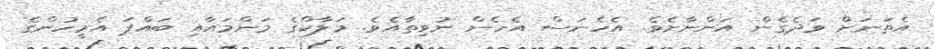
އެތަނަށް ވަދެގެން އަންނާށެވެ. އެހެނަސް އެހެން ނުވިތާއެވެ. މަލާކްގެ މަންމައާއި ބައްޕަ އެމީހުންގެ